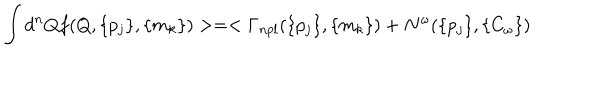
\int d ^ { n } Q f ( Q , \{ p _ { j } \} , \{ m _ { k } \} ) > = < \Gamma _ { n p l } ( \{ p _ { j } \} , \{ m _ { k } \} ) + N ^ { \omega } ( \{ p _ { j } \} , \{ C _ { \omega } \} )